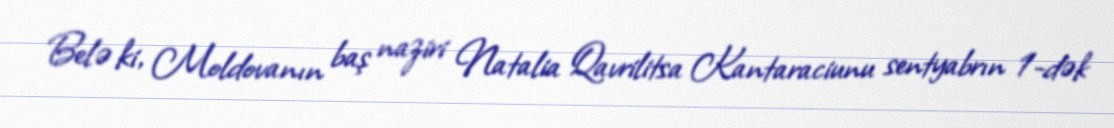
Belə ki, Moldovanın baş naziri Natalia Qavrilitsa Kantaraciunu sentyabrın 1-dək